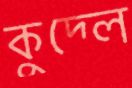
কুদ্‌লে